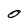
Character: O